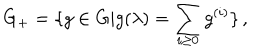
G _ { + } = \{ g \in G | g ( \lambda ) = \sum _ { i \geq 0 } g ^ { ( i ) } \} \, ,